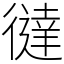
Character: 㣵